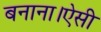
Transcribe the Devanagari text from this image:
बनाना।ऐसी